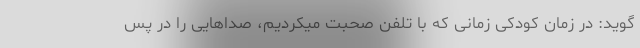
گوید: در زمان کودکی زمانی که با تلفن صحبت میکردیم، صداهایی را در پس